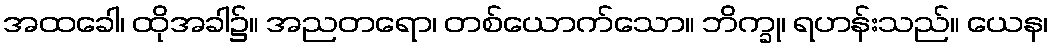
အထခေါ၊ ထိုအခါ၌။ အညတရော၊ တစ်ယောက်သော။ ဘိက္ခု၊ ရဟန်းသည်။ ယေန၊